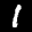
Label: 1